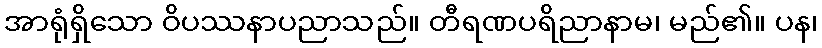
အာရုံရှိသော ဝိပဿနာပညာသည်။ တီရဏပရိညာနာမ၊ မည်၏။ ပန၊